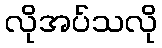
လိုအပ်သလို